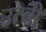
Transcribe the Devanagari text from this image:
उत्बी